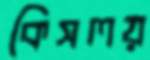
কিসলয়